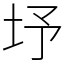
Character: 㘧